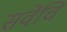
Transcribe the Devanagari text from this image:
सवेंचि